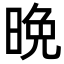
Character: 晩